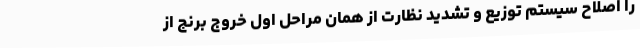
را اصلاح سیستم توزیع و تشدید نظارت از همان مراحل اول خروج برنج از